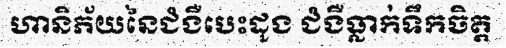
ហានិភ័យនៃជំងឺបេះដូង ជំងឺធ្លាក់ទឹកចិត្ត